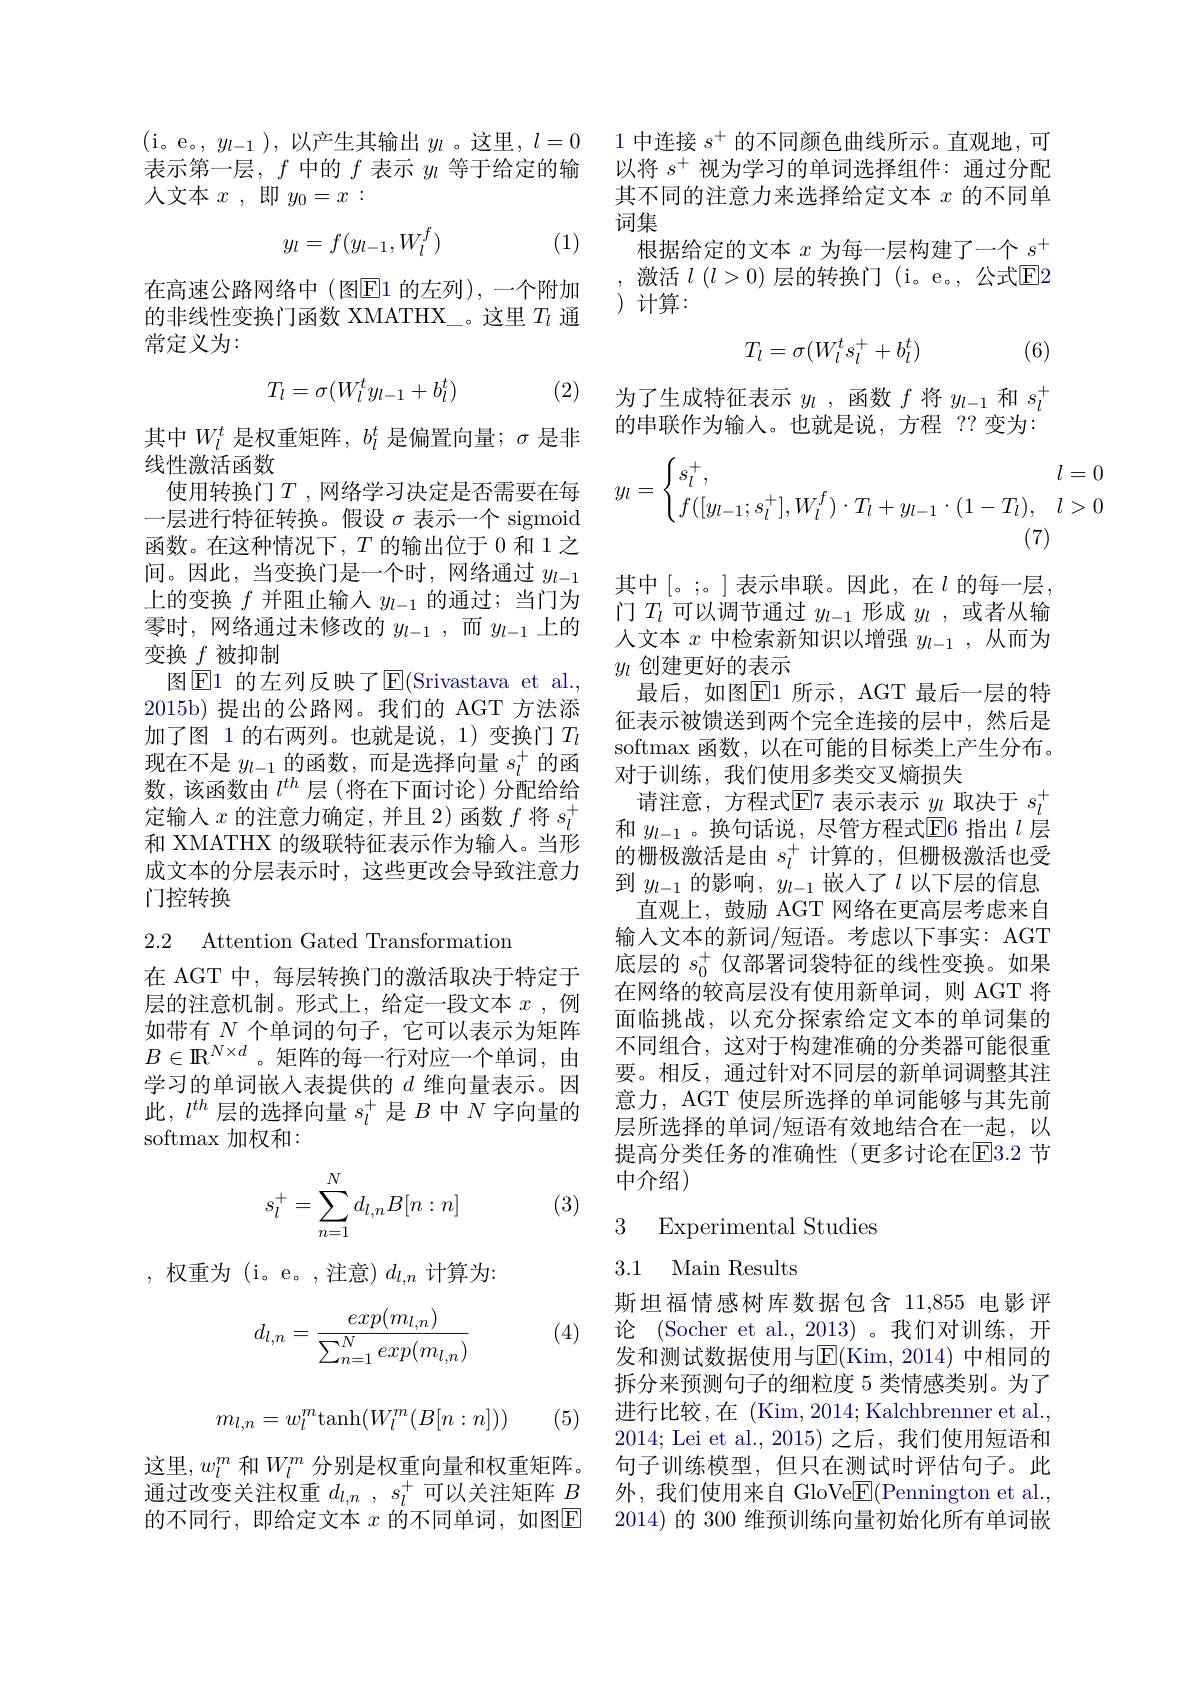
(i。e。$,y_l-1)$,以产生其输出 $y_l$ 。这里$,l=0$ 表示第一层，$f$中的$f$表示$y_l$等于给定的输人文本$x$ ,即$y_0=x:$

(1)
$$y_l=f(y_{l-1},W_l^f)$$
在高速公路网络中(图E1 的左列),一个附加的非线性变换门函数 XMATHX\_。这里$T_l$通常定义为：
$$T_l=\sigma(W_l^ty_{l-1}+b_l^t)$$
(2)

其中$W_l^t$是权重矩阵，$b_l^t$是偏置向量；$\sigma$是非
线性激活函数
使用转换门$T$ ,网络学习决定是否需要在每一层进行特征转换。假设$\sigma$表示一个 sigmoid 函数。在这种情况下，$T$的输出位于 0 和 1之间。因此，当变换门是一个时，网络通过$y_l-1$ 上的变换$f$并阻止输入$y_l-1$的通过；当门为零时，网络通过未修改的$y_l-1$,而$y_{l-1}$上的变换$f$被抑制
图$\boxed{\mathrm{F}}1$ 的左列反映了$\boxed{\mathrm{F}}($Srivastava et al. 2015b) 提出的公路网。我们的 AGT 方法添加了图 1 的右两列。也就是说，1)变换门$T_l$ 现在不是$y_l-1$的函数，而是选择向量$s_l^+$的函数，该函数由$l^{th}$层(将在下面讨论)分配给给定输入$x$的注意力确定，并且 2)函数$f$将$s_l^+$ 和 XMATHX 的级联特征表示作为输入。当形成文本的分层表示时，这些更改会导致注意力门控转换

2.2 Attention Gated Transformation

在 AGT 中，每层转换门的激活取决于特定于层的注意机制。形式上，给定一段文本$x$ ,例如带有$N$个单词的句子，它可以表示为矩阵$B\in\mathbb{R}^{N\times d}$。矩阵的每一行对应一个单词，由学习的单词嵌人表提供的$d$维向量表示。因此，$l^{th}$层的选择向量$s_l^+$是$B$中$N$字向量的softmax 加权和：
$$\begin{aligned}s_l^+=\sum_{n=1}^Nd_{l,n}B[n:n]\end{aligned}$$
(3)

,权重为(i。e。,注意$)d_l,n$计算为：

(4)
$$d_{l,n}=\frac{exp(m_{l,n})}{\sum_{n=1}^Nexp(m_{l,n})}$$
$$m_{l,n}=w_l^m\mathrm{tanh}(W_l^m(B[n:n]))$$
(5)

这里，$w_l^m$ 和$W_l^m$ 分别是权重向量和权重矩阵。通过改变关注权重$d_{l,n},s_l^+$可以关注矩阵$\underline B$ 的不同行，即给定文本 $x$ 的不同单词，如图$\mathbb{E}$

1 中连接$s^+$的不同颜色曲线所示。直观地，可以将$s^+$视为学习的单词选择组件：通过分配其不同的注意力来选择给定文本$x$的不同单词集
根据给定的文本$x$为每一层构建了一个$s^+$ ,激活$l(l>0)$层的转换门(i。e。,公式$\overline{\mathrm{E}}$2 )计算：

(6)
$$T_l=\sigma(W_l^ts_l^++b_l^t)$$
为了生成特征表示$y_l$ , 函数$f$将$y_l-1$和$s_l^+$ 的串联作为输入。也就是说，方程 ?? 变为：
$$y_l=\begin{cases}s_l^+,&l=0\\f([y_{l-1};s_l^+],W_l^f)\cdot T_l+y_{l-1}\cdot(1-T_l),&l>0\end{cases}$$
(7)

其中[。;。]表示串联。因此，在$l$的每一层， 门$T_l$可以调节通过$y_l-1$形成$y_l$ ,或者从输人文本$x$中检索新知识以增强$y_l-1$,从而为$y_l$创建更好的表示
最后，如图$\boxed{\mathrm{E}}1$ 所示，AGT 最后一层的特征表示被馈送到两个完全连接的层中，然后是softmax 函数，以在可能的目标类上产生分布。对于训练，我们使用多类交叉熵损失
请注意，方程式$\mathbb{E}$7 表示表示$\underline y_l$取决于$s_l^+$ 和$y_{l-1}$ 。换句话说，尽管方程式$\overline{\mathrm{E}}$6 指出$l$层的栅极激活是由$s_l^+$计算的 ,但栅极激活也受到$y_{l-1}$的影响，$y_{l-1}$嵌入了$\iota$以下层的信息
直观上，鼓励 AGT 网络在更高层考虑来自输入文本的新词/短语。考虑以下事实：AGT 底层的$s_0^+$仅部署词袋特征的线性变换。如果在网络的较高层没有使用新单词，则 AGT 将面临挑战，以充分探索给定文本的单词集的不同组合，这对于构建准确的分类器可能很重要。相反，通过针对不同层的新单词调整其注意力，AGT 使层所选择的单词能够与其先前层所选择的单词/短语有效地结合在一起，以提高分类任务的准确性(更多讨论在[E]3.2 节中介绍)
3 Experimental Studies

### 3.1 Main Results

斯坦福情感树库数据包含 11,855 电影评论 (Socher et al.,2013)。我们对训练，开发和测试数据使用与$\overline{\mathrm{E}}($Kim,2014)中相同的拆分来预测句子的细粒度 5 类情感类别。为了进行比较，在 (Kim, 2014; Kalchbrenner et al., 2014; Lei et al., 2015)之后，我们使用短语和句子训练模型，但只在测试时评估句子。此外，我们使用来自 GloVe$\underline{\mathrm{E}}($Pennington et al., 2014)的 300 维预训练向量初始化所有单词嵌